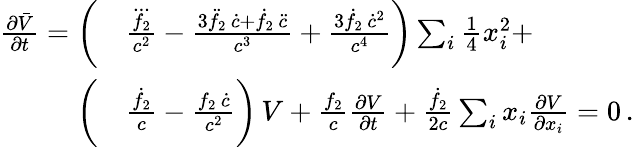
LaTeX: \begin{array}{rl}{\frac{\partial\bar{V}}{\partial t}=\bigg(}&{{}\frac{\dddot{f_{2}}}{c^{2}}-\frac{3\ddot{f}_{2}\, \dot{c}+\dot{f}_{2}\, \ddot{c}}{c^{3}}+\frac{3\dot{f}_{2}\, \dot{c}^{2}}{c^{4}}\bigg)\sum_{i}{\textstyle\frac{1}{4}}x_{i}^{2}+}\\ {\bigg(}&{{}\frac{\dot{f}_{2}}{c}-\frac{f_{2}\, \dot{c}}{c^{2}}\bigg)\, V+\frac{f_{2}}{c}\frac{\partial V}{\partial t}+\frac{\dot{f}_{2}}{2c}\sum_{i}x_{i}\frac{\partial V}{\partial x_{i}}=0\, .}\end{array}